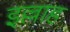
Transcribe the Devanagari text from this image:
इल्लाह